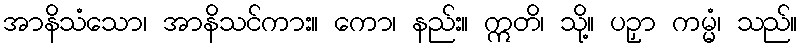
အာနိသံသော၊ အာနိသင်ကား။ ကော၊ နည်း။ ဣတိ၊ သို့။ ပဉှာ ကမ္မံ၊ သည်။